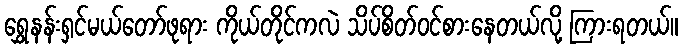
ရွှေနန်းရှင်မယ်တော်ဖုရား ကိုယ်တိုင်ကလဲ သိပ်စိတ်ဝင်စားနေတယ်လို့ ကြားရတယ်။